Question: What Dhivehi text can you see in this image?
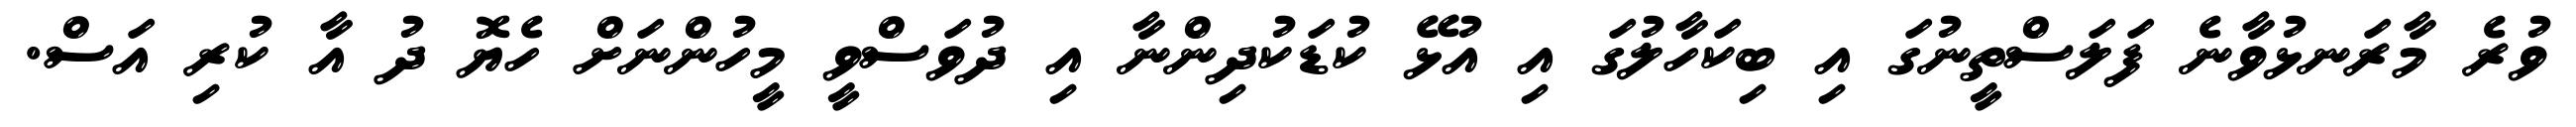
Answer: ވުރެ މާރަނޅުވާނެ ފަލަސްތީނުގަ އި ބިކަހާލުގަ އި އުޅޭ ކުޑަކުދިންނާ އި ދުވަސްވީ މީހުންނަށް ހެޔޮ ދު އާ ކުރި އަސް.